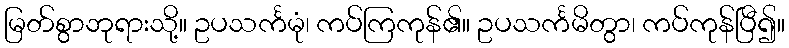
မြတ်စွာဘုရားသို့။ ဥပသင်္ကမုံ၊ ကပ်ကြကုန်၏။ ဥပသင်္ကမိတွာ၊ ကပ်ကုန်ပြီ၍။